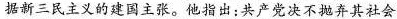
据新三民主义的建国主张。他指出：共产党决不抛弃其社会